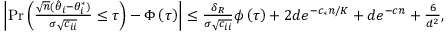
\begin{array} { r } { \left| \operatorname* { P r } \left( \frac { \sqrt { n } ( \hat { \theta } _ { i } - \theta _ { i } ^ { * } ) } { \sigma \sqrt { c _ { i i } } } \leq \tau \right) - \Phi \left( \tau \right) \right| \leq \frac { \delta _ { R } } { \sigma \sqrt { c _ { i i } } } \phi \left( \tau \right) + 2 d e ^ { - c _ { * } n / K } + d e ^ { - c n } + \frac { 6 } { d ^ { 2 } } , } \end{array}